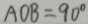
A O B = 9 0 ^ { \circ }